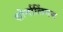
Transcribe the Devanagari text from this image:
सोर्नालिंगम